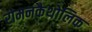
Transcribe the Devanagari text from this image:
रोमनकैथोलिक